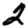
Digit: 2